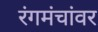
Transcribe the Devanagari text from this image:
रंगमंचांवर